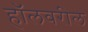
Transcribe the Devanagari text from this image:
हॉलवरील